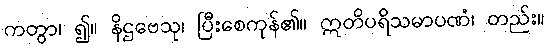
ကတွာ၊ ၍။ နိဌဗေသု၊ ပြီးစေကုန်၏။ ဣတိပရိသမာပဏံ၊ တည်း။